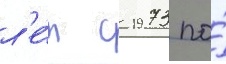
л'е́т с 1973 по́